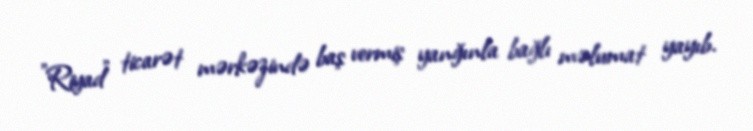
"Riyad" ticarət mərkəzində baş vermiş yanğınla bağlı məlumat yayıb.